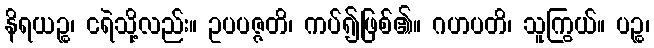
နိရယဉ္စ၊ ငရဲသို့လည်း။ ဥပပဇ္ဇတိ၊ ကပ်၍ဖြစ်၏။ ဂဟပတိ၊ သူကြွယ်။ ပဉ္စ၊